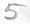
Text: 5